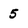
Character: 5